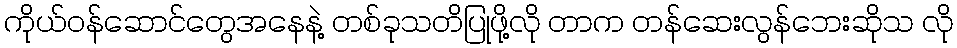
ကိုယ်ဝန်ဆောင်တွေအနေနဲ့ တစ်ခုသတိပြုဖို့လို တာက တန်ဆေးလွန်ဘေးဆိုသ လို